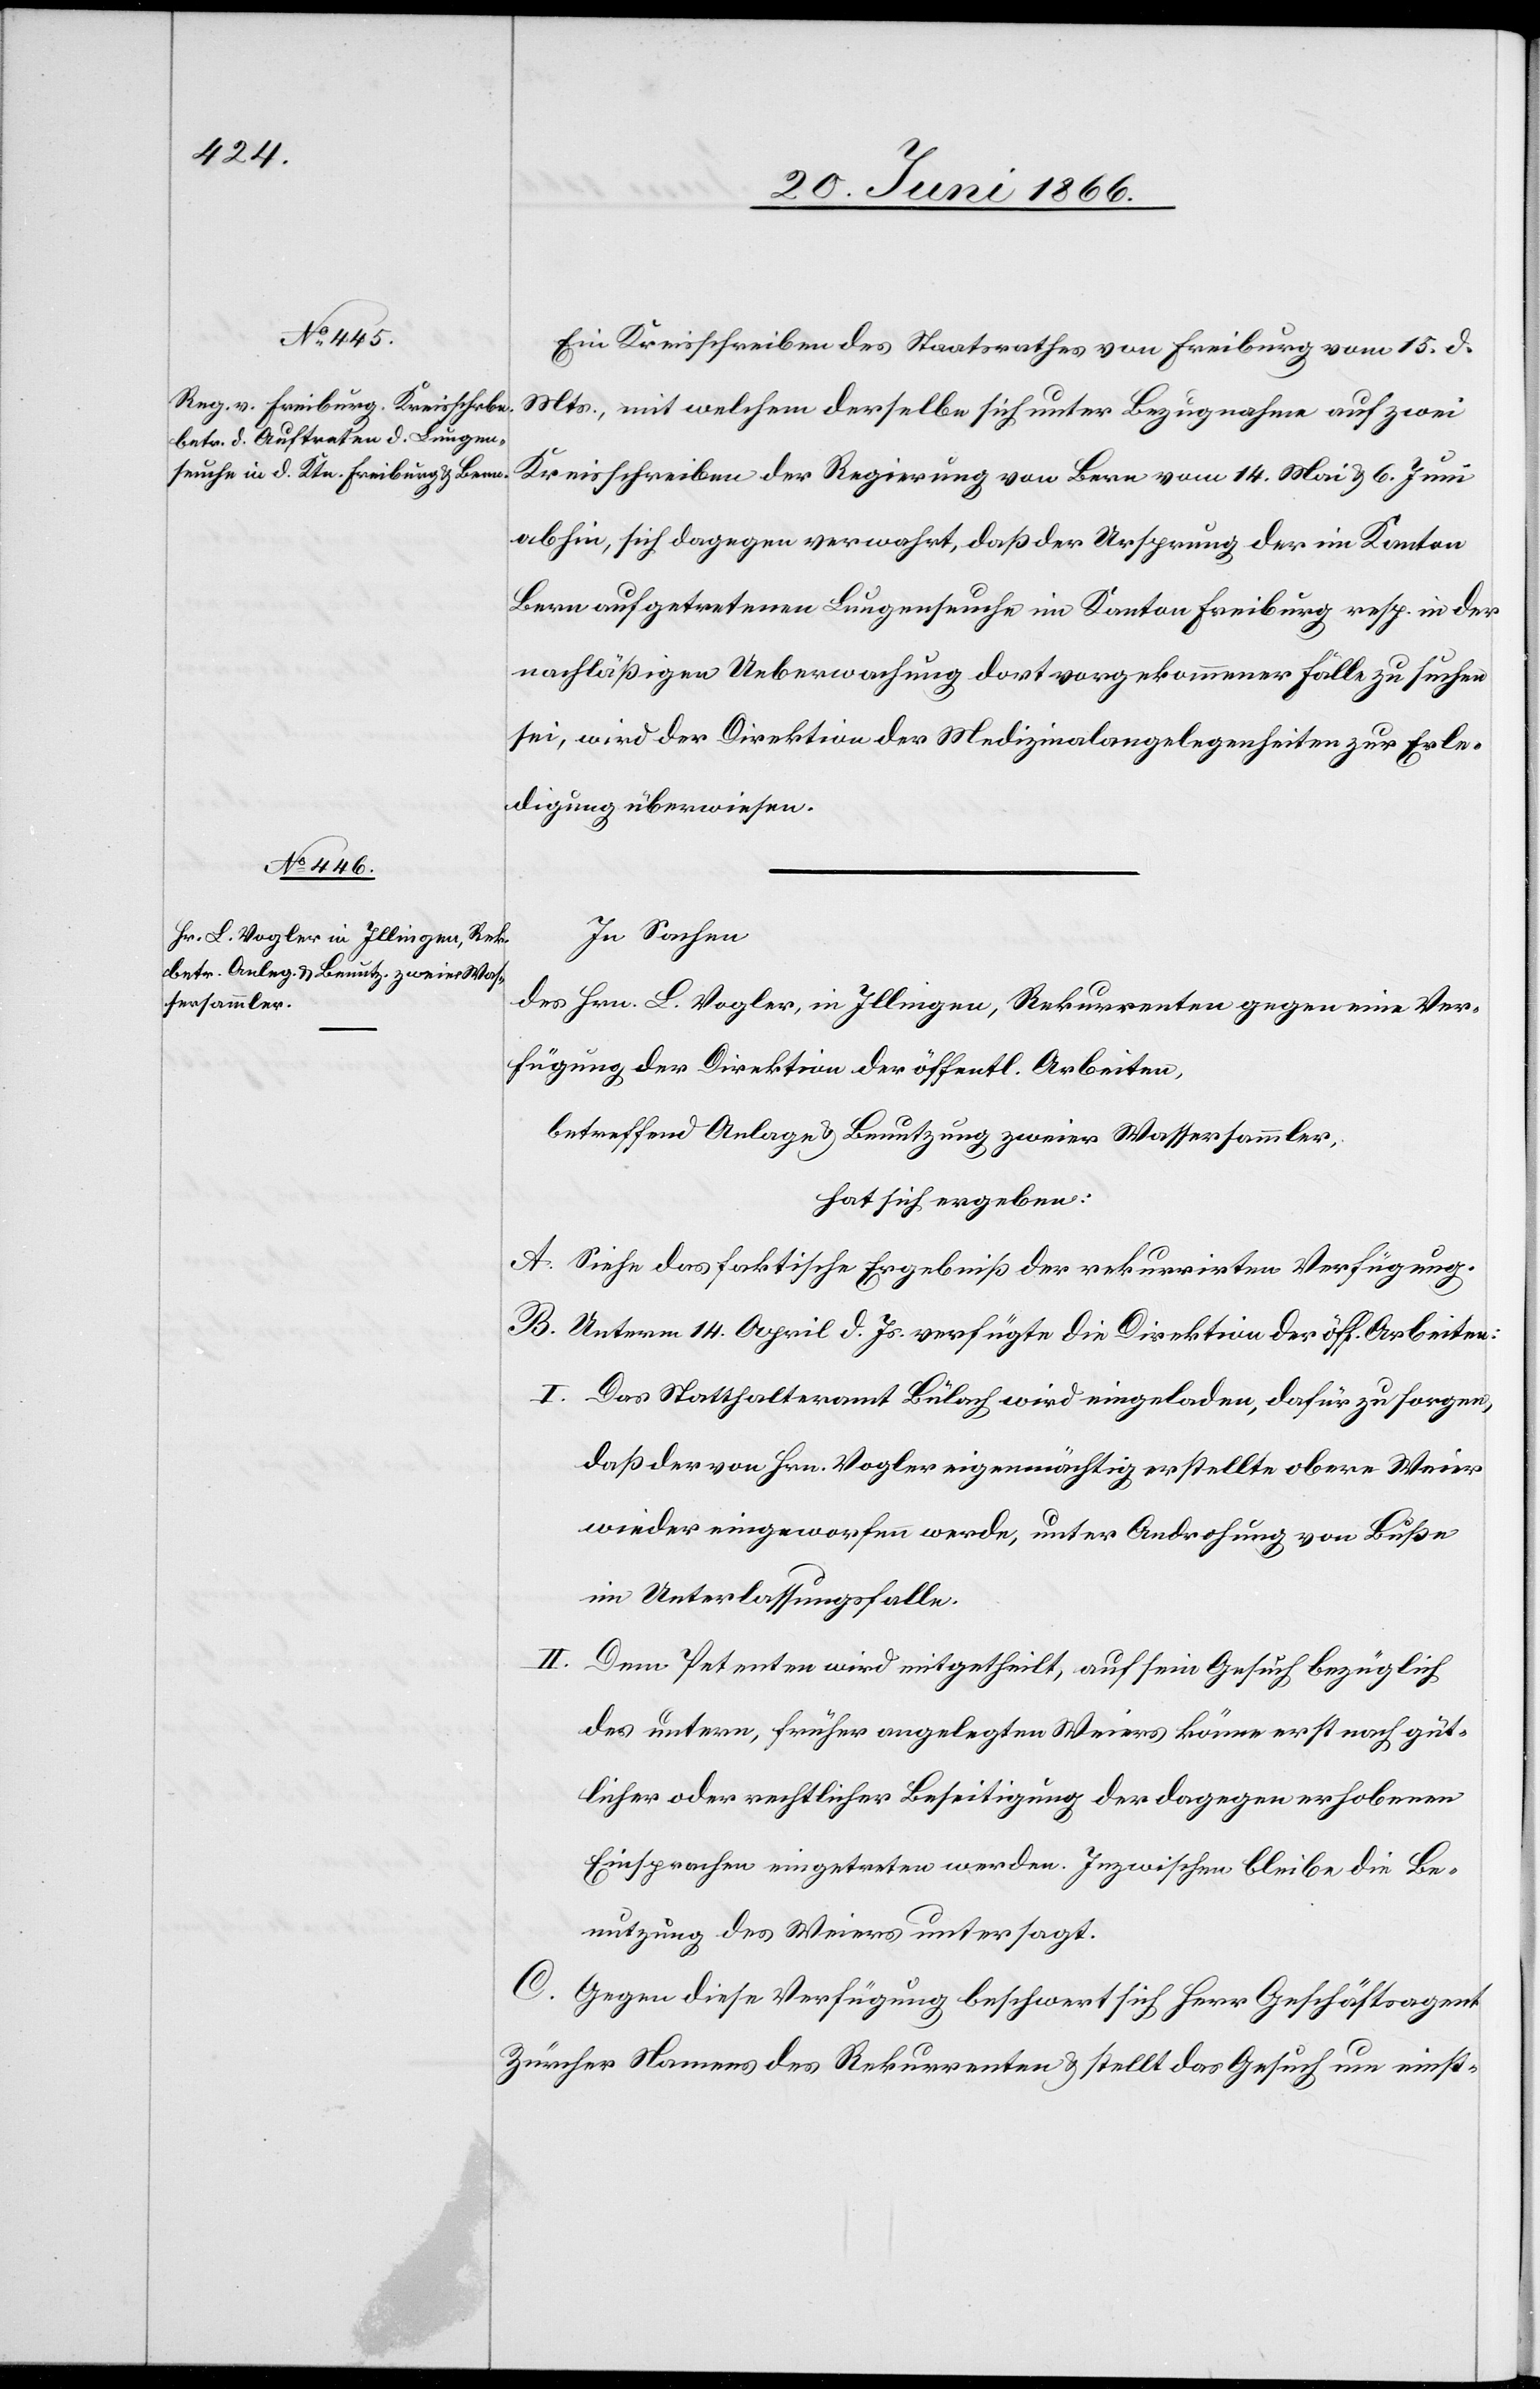
Ein Kreisschreiben des Staatsrathes von Freiburg vom 15. d.
Mts., mit welchem derselbe sich unter Bezugnahme auf zwei
Kreisschreiben der Regierung von Bern vom 14. Mai u. 6. Juni
abhin, sich dagegen verwahrt, daß der Ursprung der im Kanton
Bern aufgetretenen Lungenseuche im Kanton Freiburg resp. in der
nachläßigen Ueberwachung dort vorgekommener Fälle zu suchen
sei, wird der Direktion der Medizinalangelegenheiten zur Erle¬
digung überwiesen.
In Sachen
des Hrn. L. Vogler, in Illingen, Rekurrenten gegen eine Ver¬
fügung der Direktion der öffentl. Arbeiten,
betreffend Anlage u. Benutzung zweier Wassersammler,
hat sich ergeben:
A. Siehe das faktische Ergebniß der rekurrirten Verfügung.
B. Unterm 14. April d. Js. verfügte die Direktion der öff. Arbeiten:
I. Das Statthalteramt Bülach wird eingeladen, dafür zu sorgen,
daß der von Hrn. Vogler eigenmächtig erstellte obere Weier
wieder eingeworfen werde, unter Androhung von Buße
im Unterlassungsfalle.
Dem Petenten wird mitgetheilt, auf sein Gesuch bezüglich
des untern, früher angelegten Weiers könne erst nach güt¬
licher oder rechtlicher Beseitigung der dagegen erhobenen
Einsprachen eingetreten werden. Inzwischen bleibe die Be¬
nutzung des Weiers untersagt.
C. Gegen diese Verfügung beschwert sich Herr Geschäftsagent
Zürcher Namens des Rekurrenten u. stellt das Gesuch um einst-